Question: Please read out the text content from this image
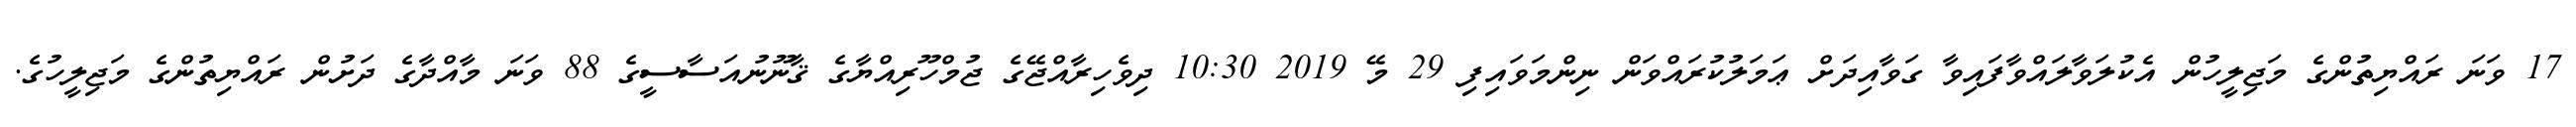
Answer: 17 ވަނަ ރައްޔިތުންގެ މަޖިލީހުން އެކުލަވާލައްވާފައިވާ ގަވާއިދަށް ޢަމަލުކުރައްވަން ނިންމަވައިފި 29 މޭ 2019 10:30 ދިވެހިރާއްޖޭގެ ޖުމްހޫރިއްޔާގެ ޤާނޫނުއަސާސީގެ 88 ވަނަ މާއްދާގެ ދަށުން ރައްޔިތުންގެ މަޖިލީހުގެ.